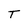
Character: T